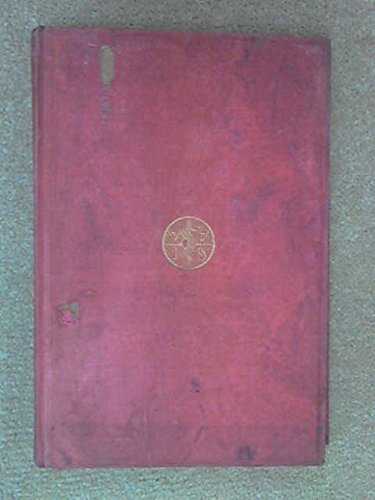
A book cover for Anatomy of the brain and spinal cord; J. Ryland Whitaker; Health, Fitness & Dieting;